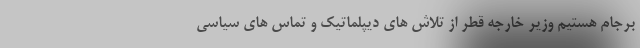
برجام هستیم وزیر خارجه قطر از تلاش های دیپلماتیک و تماس های سیاسی